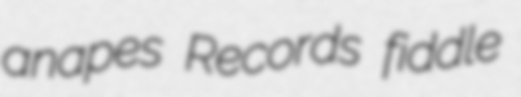
anapes Records fiddle